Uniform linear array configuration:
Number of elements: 12
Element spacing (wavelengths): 0.75
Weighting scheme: exponential
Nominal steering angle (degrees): -30
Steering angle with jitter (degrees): -28.363
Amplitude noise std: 0.05
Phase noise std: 0.05

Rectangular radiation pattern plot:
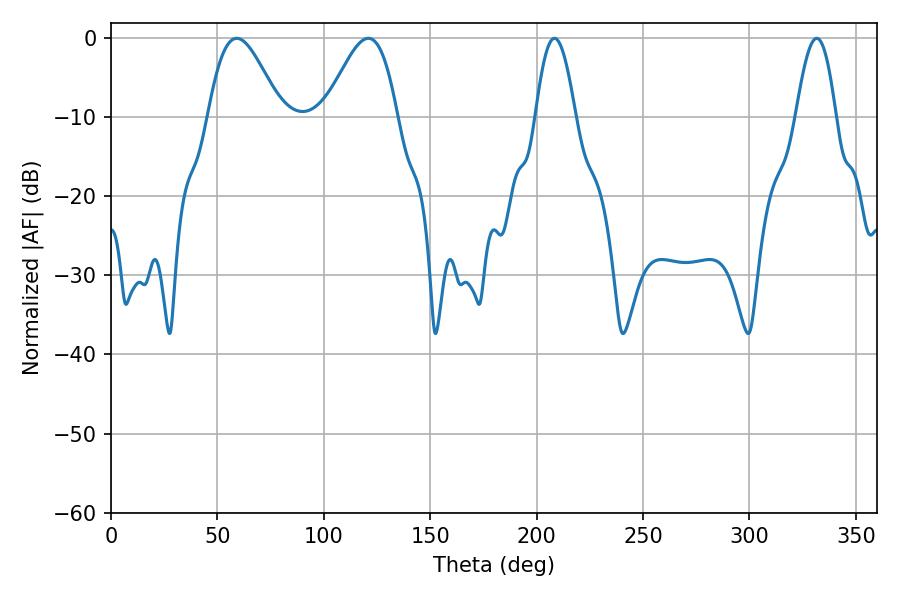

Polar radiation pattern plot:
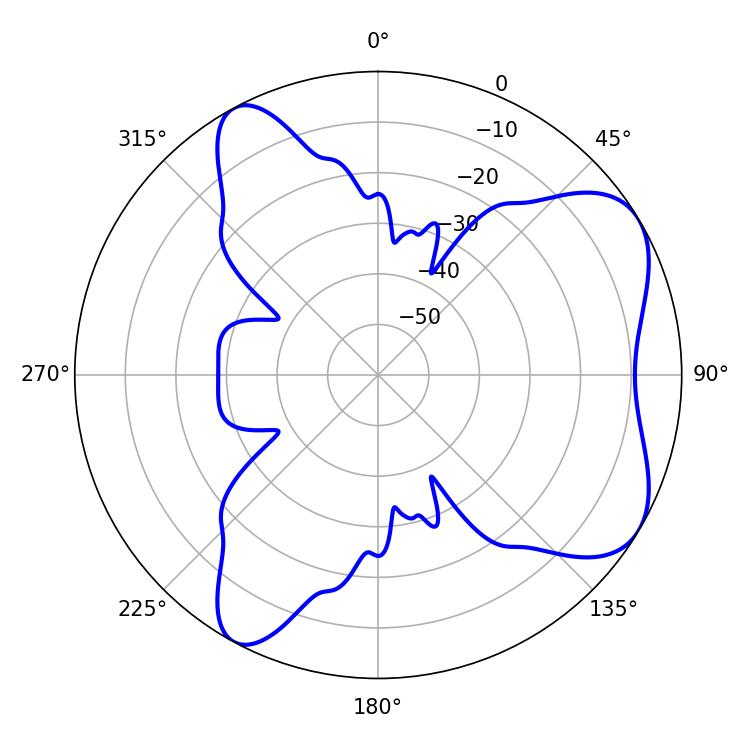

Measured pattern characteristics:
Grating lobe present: TRUE
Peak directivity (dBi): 6.423
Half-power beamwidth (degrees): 18.18
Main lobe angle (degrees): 59.04